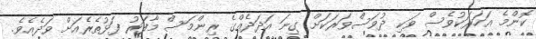
ކޮންމެ އަހަރަކުވެސް ވަކި ދުވަސްވަރަކަށް ގިނަ އަދަދެއްގެ ރިންމަސް މާފަރު ފަޅުތެރެއަށް ވަދެއެވެ.